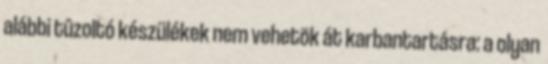
alábbi tûzoltó készülékek nem vehetõk át karbantartásra: a olyan